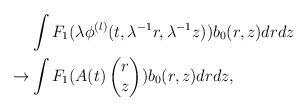
LaTeX: \begin{align*} &\int F_1 ( \lambda \phi^{(l)} (t , \lambda^{-1} r, \lambda^{-1} z ) ) b_0(r,z) dr dz \\\to & \int F_1 ( A(t) \begin{pmatrix} r \\ z \end{pmatrix} ) b_0(r,z) dr dz, \end{align*}